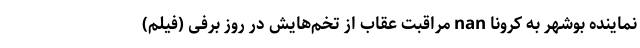
نماینده بوشهر به کرونا nan مراقبت عقاب از تخم‌هایش در روز برفی (فیلم)